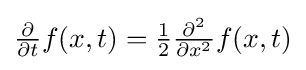
{\textstyle {\frac {\partial }{\partial t}}f(x,t)={\frac {1}{2}}{\frac {\partial ^{2}}{\partial x^{2}}}f(x,t)}